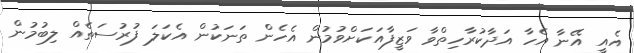
އެއީ އޭނާ އެހާ އަދާކުރާހިތްވާ ވަޒީފާއަކަށްވުމުން އެހެން ތަނަކުން އެކަލަ ފުރުސަތެއް ލިބުމުން